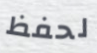
لحفظ